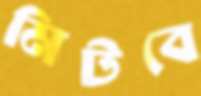
মিটবে